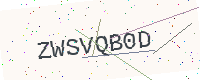
Text: ZWSVQB0D